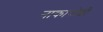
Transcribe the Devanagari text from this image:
नाकायोशी